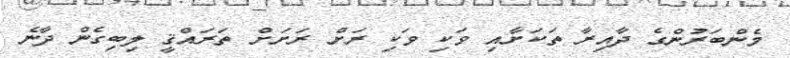
މެންބަރުންގެ ދާއިރާ ތަކަށާއި ވަކި ވަކި ރަށް ރަށަށް ތަރައްޤީ ލިބިގެން ދާނެ